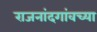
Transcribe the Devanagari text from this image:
राजनांदगांवच्या